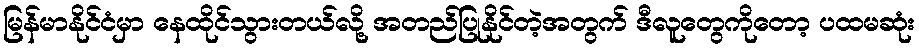
မြန်မာနိုင်ငံမှာ နေထိုင်သွားတယ်လို့ အတည်ပြုနိုင်တဲ့အတွက် ဒီလူတွေကိုတော့ ပထမဆုံး